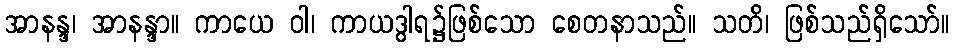
အာနန္ဒ၊ အာနန္ဒာ။ ကာယေ ဝါ၊ ကာယဒွါရ၌ဖြစ်သော စေတနာသည်။ သတိ၊ ဖြစ်သည်ရှိသော်။